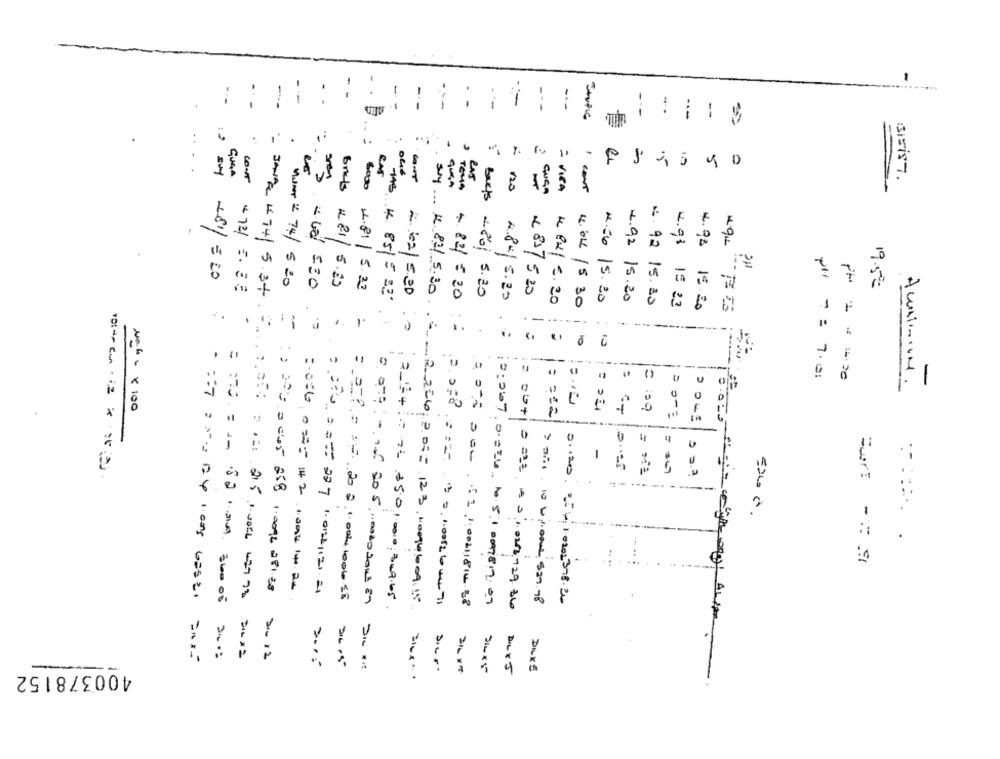
-
: . 1
--
-
.
---
--
--
--
---
---
-.
-
Souple
. .
.5
5
GUGA
RAS
cout
ENS
120
CUSA
1 cont
Beets
= VISA
3
+81/=20
3H
7
4721 . 3 0
MUNT : 74/ 5 20
Brats #21/5.80
Bos0 4.81 / 5.23
19.50
- Jaha 494/ 5.3+
HAB. 4 851= 33'
MIT 4.62/920
280; 5.30
4.84/ 5.20
x 81/ 520
4.92 /5.20
4 Px/ 5.20
N.92 15.30
4.93 15 23
4.04 /5 30
4.06 15.20
4.98 15.20
.
.
-
- .
+ 821 = 20 :
.
10
13
----
U
wir 1 = 7.01
-
NO:44 X 100
= ==
= "T
0 :59
×
-
-
=== = = 0
------
---
2
.
: ) ===== 45 858 10AL 281:30
:056 0 === 42 10-1420
======= 297 1. 021/121 21
= ==== 22:0041001 =
> Dix1. 10 Up.once 529.48
0.120. 25x 10202378.20
say. 4.82/5.30, - 2 206; 2.05= 123, 10094604. 15
0:007. 002, 1 5:1 0047 817. 07
:00+1 == 22 00 1.0216729.36
2012
400378152
D ....
DIKE